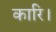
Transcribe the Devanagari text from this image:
कारि।